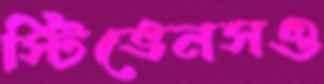
স্টিভেনসও